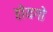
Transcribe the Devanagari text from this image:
होयगो